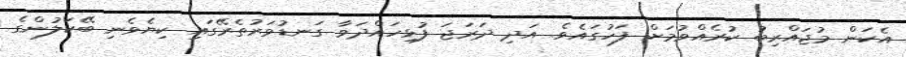
އެކަން މުޖައްރިބު ކުރެއްވުމަށް ފަހުގައެވެ. އަދި ދަރަޖަ ފުޅިހައްދަވާ ގަނޑުވަރުތެރޭގައި ކިޔެވެނި ބޭކަލުންގެ